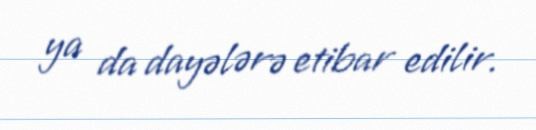
ya da dayələrə etibar edilir.